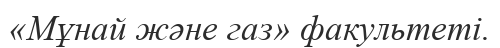
«Мұнай және газ» факультеті.